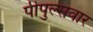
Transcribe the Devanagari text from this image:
पीपुल्सवार